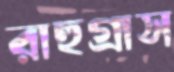
রাহুগ্রাস